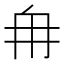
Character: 𮉼